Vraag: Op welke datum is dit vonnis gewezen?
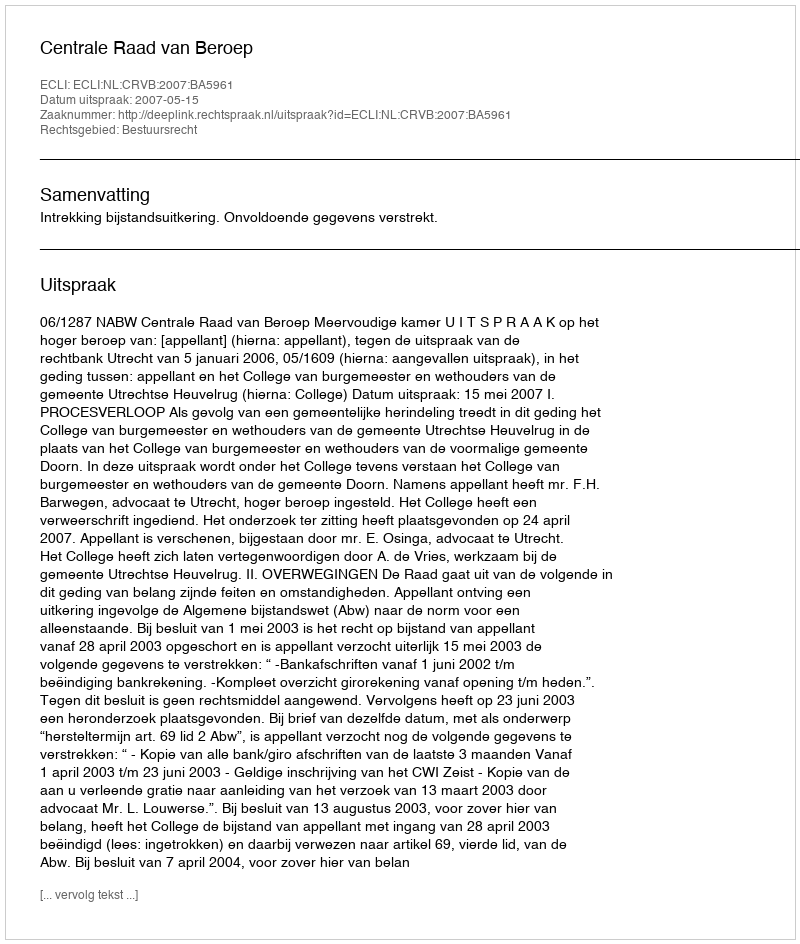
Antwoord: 2007-05-15